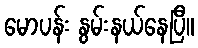
မောပန်း နွမ်းနယ်နေပြီ။